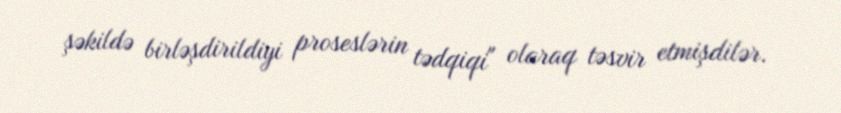
şəkildə birləşdirildiyi proseslərin tədqiqi" olaraq təsvir etmişdilər.